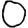
Digit: 0